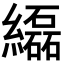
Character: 𦇒